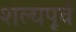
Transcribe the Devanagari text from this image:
शल्यपूर्व